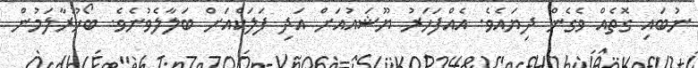
ނުބައި ގޮތެއް ވެގެން ދިޔައެވެ. އެއްފަހަރު ޔޫޝައުއަށް އަދި ފަލަކްއަށް ބަލާލެވުނެވެ. ބޯހޫރާލަމުން